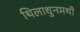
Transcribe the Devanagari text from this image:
थिलाधुनमथी